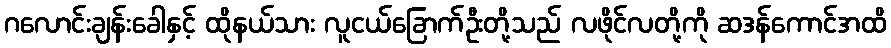
ဂလောင်းချန်းခေါနှင့် ထိုနယ်သား လူငယ်ခြောက်ဦးတို့သည် လဖိုင်လတို့ကို ဆဒန်ကောင်အထိ